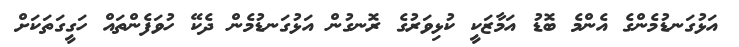
އަޅުގަނޑުމެންގެ އެންމެ ބޮޑު އަމާޒަކީ ކުޅިވަރުގެ ރޮނގުން އަޅުގަނޑުމެން ދެކޭ ހުވަފެންތައް ހަގީގަތަކަށް